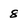
Character: 8